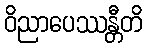
ဝိညာပေဿန္တီတိ